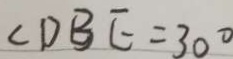
\angle D B E = 3 0 ^ { \circ }